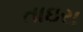
તાઇરા